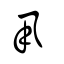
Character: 丮